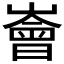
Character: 𪩚